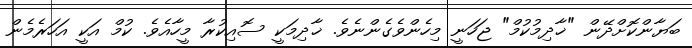
ބަޔާންކޮށްދޭން "ޚާދިމުކުމް" ޖަހަނީ މިހެންވެގެންނެވެ. ޚާދިމަކީ ސޮއިކުރާ މީހާއެވެ. ކުމް އަކީ އަހަރެމެން